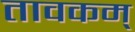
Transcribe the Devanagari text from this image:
तावकम्